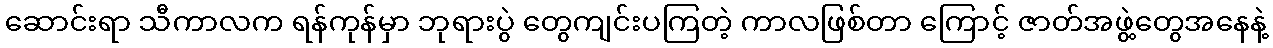
ဆောင်းရာ သီကာလက ရန်ကုန်မှာ ဘုရားပွဲ တွေကျင်းပကြတဲ့ ကာလဖြစ်တာ ကြောင့် ဇာတ်အဖွဲ့တွေအနေနဲ့